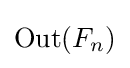
\operatorname {Out} (F_{n})